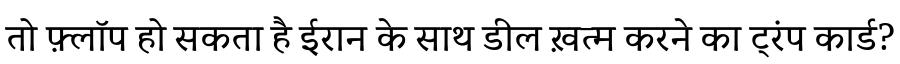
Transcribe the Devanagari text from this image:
तो फ़्लॉप हो सकता है ईरान के साथ डील ख़त्म करने का ट्रंप कार्ड?